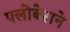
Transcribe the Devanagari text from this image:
फ्लोबेराने